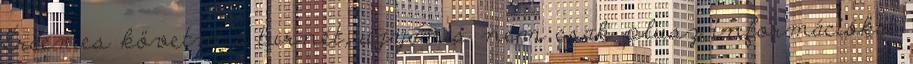
Érdemes követni a turnét, ugyanis nem csak plusz információkat